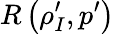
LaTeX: R\left(\rho_{I}^{\prime},p^{\prime}\right)